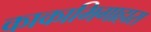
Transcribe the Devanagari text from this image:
काकामिगाहारा